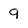
Character: 9